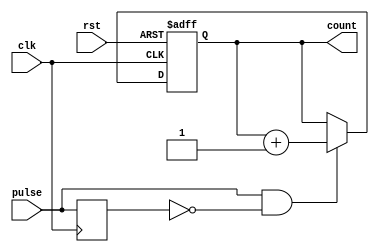
module pulse_counter (
    input wire clk,          // Clock input
    input wire rst,          // Asynchronous reset
    input wire pulse,        // Pulse input
    output reg [7:0] count   // 8-bit count output
);

// Internal signal for edge detection
reg pulse_d; // Delayed pulse signal for edge detection

always @(posedge clk or posedge rst) begin
    if (rst) begin
        count <= 8'b0; // Reset count to zero
    end else begin
        // Edge detection: Increment count on rising edge of pulse
        if (pulse && !pulse_d) begin
            count <= count + 1; // Increment count
        end
    end
end

// Edge detection logic: Store previous pulse state
always @(posedge clk) begin
    pulse_d <= pulse; // Delay pulse signal
end

endmodule